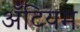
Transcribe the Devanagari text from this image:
अँटियम